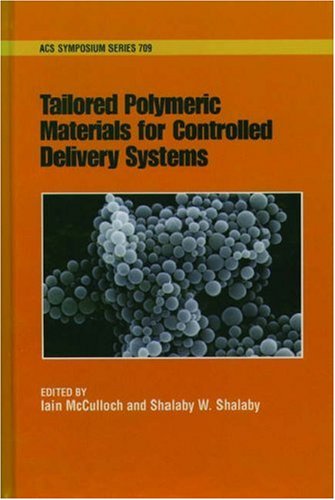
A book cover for Tailored Polymeric Materials for Controlled Delivery Systems (ACS Symposium Series); Medical Books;